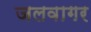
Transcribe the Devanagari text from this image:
जलवागर